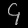
Digit: ၄